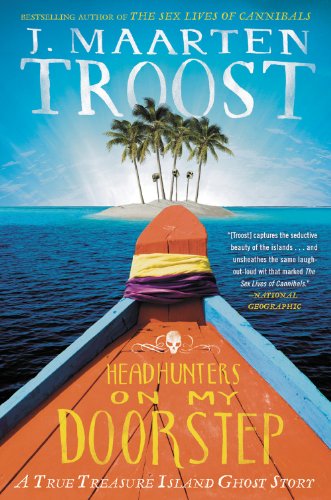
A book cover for Headhunters on My Doorstep: A True Treasure Island Ghost Story; J. Maarten Troost; Travel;